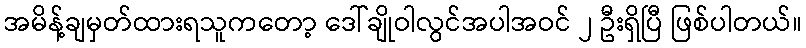
အမိန့်ချမှတ်ထားရသူကတော့ ဒေါ်ချိုဝါလွင်အပါအဝင် ၂ ဦးရှိပြီ ဖြစ်ပါတယ်။